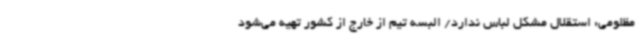
مظلومی: استقلال مشکل لباس ندارد/ البسه تیم از خارج از کشور تهیه می‌شود